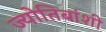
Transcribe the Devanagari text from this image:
ज्योतिबांशी